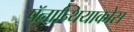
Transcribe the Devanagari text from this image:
पॅनान्थियाकोस